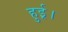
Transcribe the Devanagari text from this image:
हुई़़।